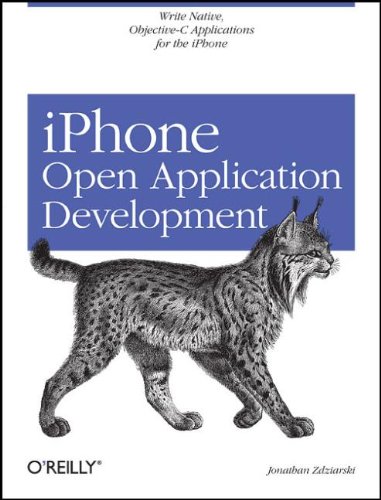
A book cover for iPhone Open Application Development: Write Native Objective-C Applications for the iPhone; Jonathan Zdziarski; Computers & Technology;